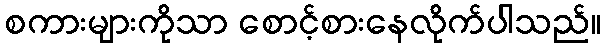
စကားများကိုသာ စောင့်စားနေလိုက်ပါသည်။